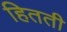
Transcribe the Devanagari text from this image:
हितती